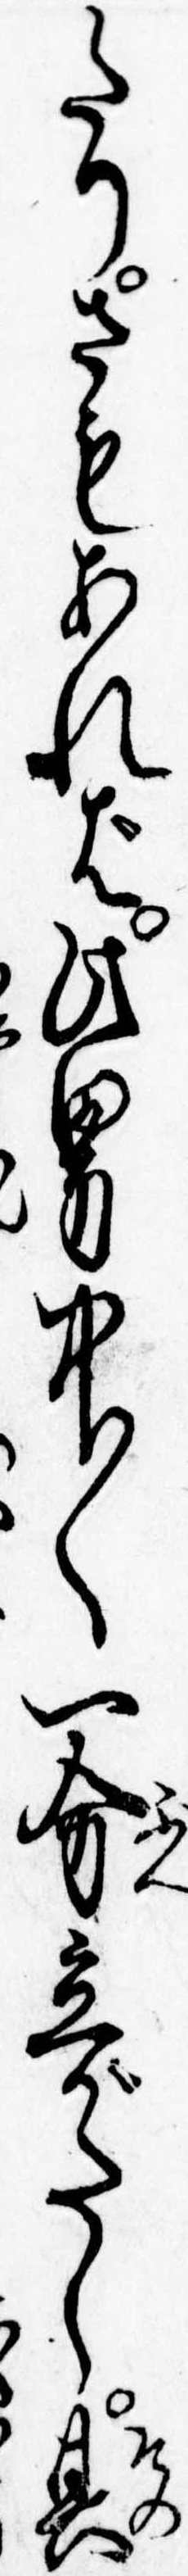
たりさもあれば此男中〱一分立がたし其